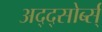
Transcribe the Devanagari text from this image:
अद्द्सोर्ब्स्